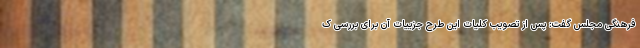
فرهنگی مجلس گفت: پس از تصویب کلیات این طرح جزییات آن برای بررسی ک